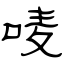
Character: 唛